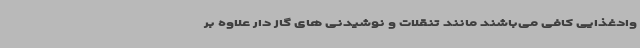
وادغذایی کافی می‌باشند مانند تنقلات و نوشیدنی های گاز دار علاوه بر